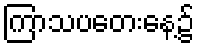
ကြာသပတေးနေ့၌